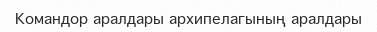
Командор аралдары архипелагының аралдары